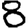
Digit: 8